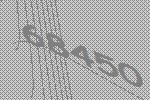
68450